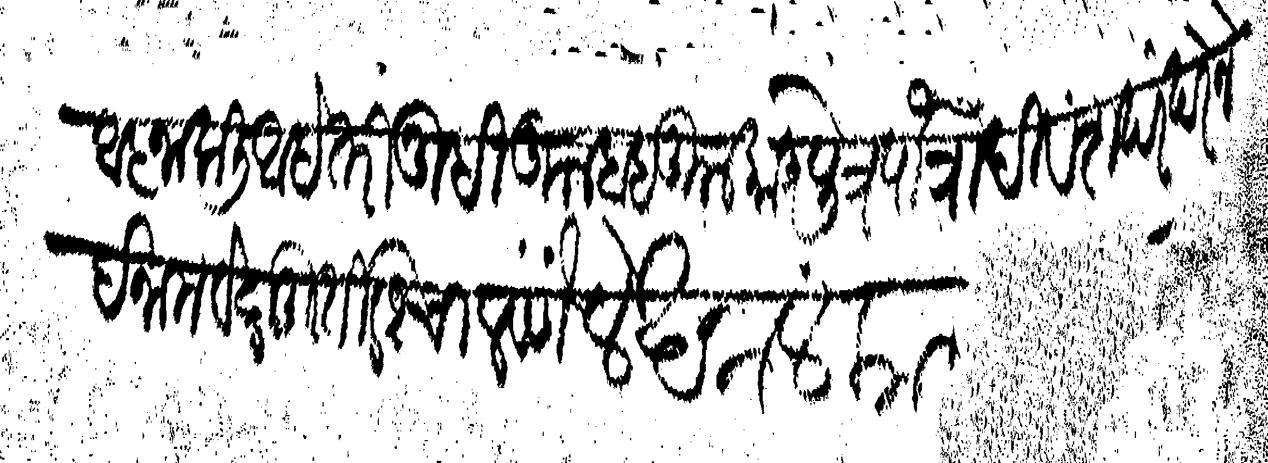
Transliteration (Devanagari): आज्ञा कली आहे तरी तुम्ही कुलबाब कुलकानु पुत्रपौत्रादि वंशपरंपरेने इनाम वेदमूर्तीस चालवणे लेखनालंकार